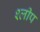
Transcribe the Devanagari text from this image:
श्लीप